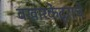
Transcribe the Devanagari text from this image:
वखारकेंद्राचे